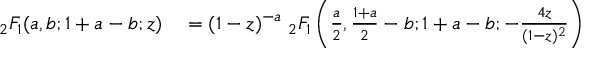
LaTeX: \begin{array} { r l } { _ { 2 } F _ { 1 } ( a , b ; 1 + a - b ; z ) } & { { } = ( 1 - z ) ^ { - a } \; _ { 2 } F _ { 1 } \left( { \frac { a } { 2 } } , { \frac { 1 + a } { 2 } } - b ; 1 + a - b ; - { \frac { 4 z } { ( 1 - z ) ^ { 2 } } } \right) } \end{array}